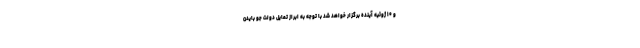
و ۱۰ ژوئیه آینده برگزار خواهد شد با توجه به ابراز تمایل دولت جو بایدن